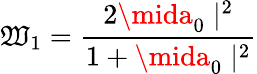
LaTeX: \mathfrak{W}_{1}=\frac{{2\mida_{0}\mid^{2}}}{{1+\mida_{0}\mid^{2}}}